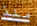
منذ